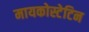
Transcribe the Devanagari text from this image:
मायकोस्टेटिन